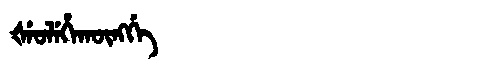
Manchu: ᡧᡝᠣᠯᡝᡥᠠᡴᡡᠩᡤᡝ
Romanization: ŠEOLEHAKŪNGGE